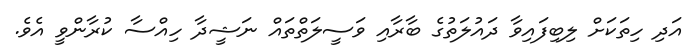
އަދި ހިތަކަށް ލިބިފައިވާ ދައުލަތުގެ ބާރާއި ވަސީލަތްތައް ނަޝީދާ ހިއްސާ ކުރާންވީ އެވެ.